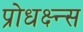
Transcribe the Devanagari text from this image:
प्रोधक्ष्न्स